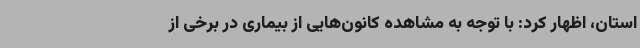
استان، اظهار کرد: با توجه به مشاهده کانون‌هایی از بیماری در برخی از